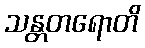
သန္တတရောတိ